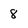
Character: 8